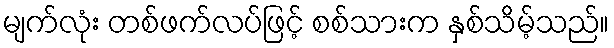
မျက်လုံး တစ်ဖက်လပ်ဖြင့် စစ်သားက နှစ်သိမ့်သည်။